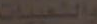
والشعبيات